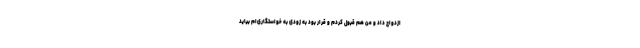
ازدواج داد و من هم قبول کردم و قرار بود به زودی به خواستگاری‌ام بیاید